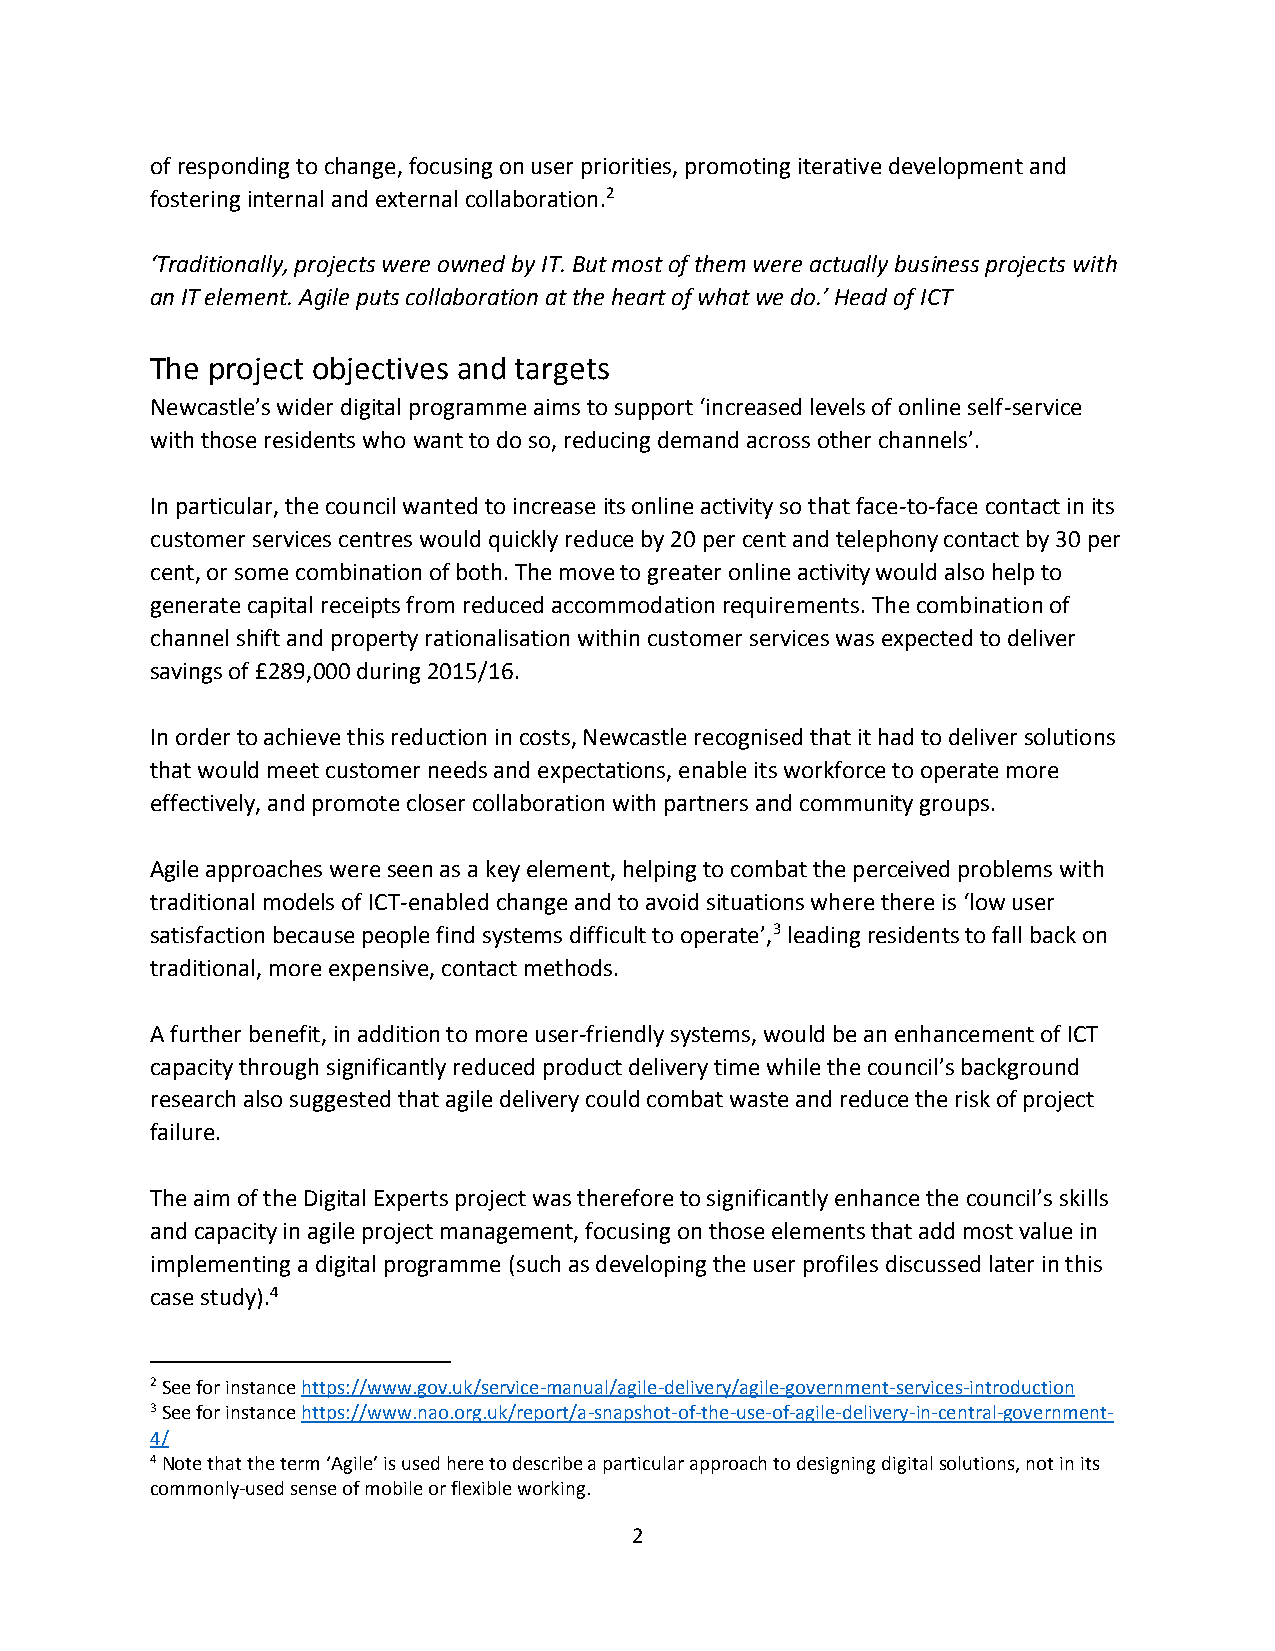
of responding to change, focusing on user priorities, promoting iterative development and
 fostering internal and external collaboration.2
 ‘Traditionally, projects were owned by IT. But most of them were actually business projects with
 an IT element. Agile puts collaboration at the heart of what we do.’ Head of ICT
 The project objectives and targets
 Newcastle’s wider digital programme aims to support ‘increased levels of online self-service
 with those residents who want to do so, reducing demand across other channels’.
 In particular, the council wanted to increase its online activity so that face-to-face contact in its
 customer services centres would quickly reduce by 20 per cent and telephony contact by 30 per
 cent, or some combination of both. The move to greater online activity would also help to
 generate capital receipts from reduced accommodation requirements. The combination of
 channel shift and property rationalisation within customer services was expected to deliver
 savings of £289,000 during 2015/16.
 In order to achieve this reduction in costs, Newcastle recognised that it had to deliver solutions
 that would meet customer needs and expectations, enable its workforce to operate more
 effectively, and promote closer collaboration with partners and community groups.
 Agile approaches were seen as a key element, helping to combat the perceived problems with
 traditional models of ICT-enabled change and to avoid situations where there is ‘low user
 satisfaction because people find systems difficult to operate’,3 leading residents to fall back on
 traditional, more expensive, contact methods.
 A further benefit, in addition to more user-friendly systems, would be an enhancement of ICT
 capacity through significantly reduced product delivery time while the council’s background
 research also suggested that agile delivery could combat waste and reduce the risk of project
 failure.
 The aim of the Digital Experts project was therefore to significantly enhance the council’s skills
 and capacity in agile project management, focusing on those elements that add most value in
 implementing a digital programme (such as developing the user profiles discussed later in this
 case study).4
 2 See for instance https://www.gov.uk/service-manual/agile-delivery/agile-government-services-introduction
 3 See for instance https://www.nao.org.uk/report/a-snapshot-of-the-use-of-agile-delivery-in-central-government-
 4/
 4 Note that the term ‘Agile’ is used here to describe a particular approach to designing digital solutions, not in its
 commonly-used sense of mobile or flexible working.
 2